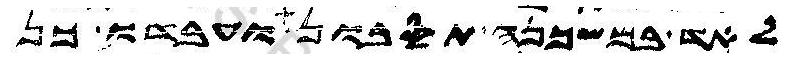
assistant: לאד במשכנה תסבון ועבדו כן